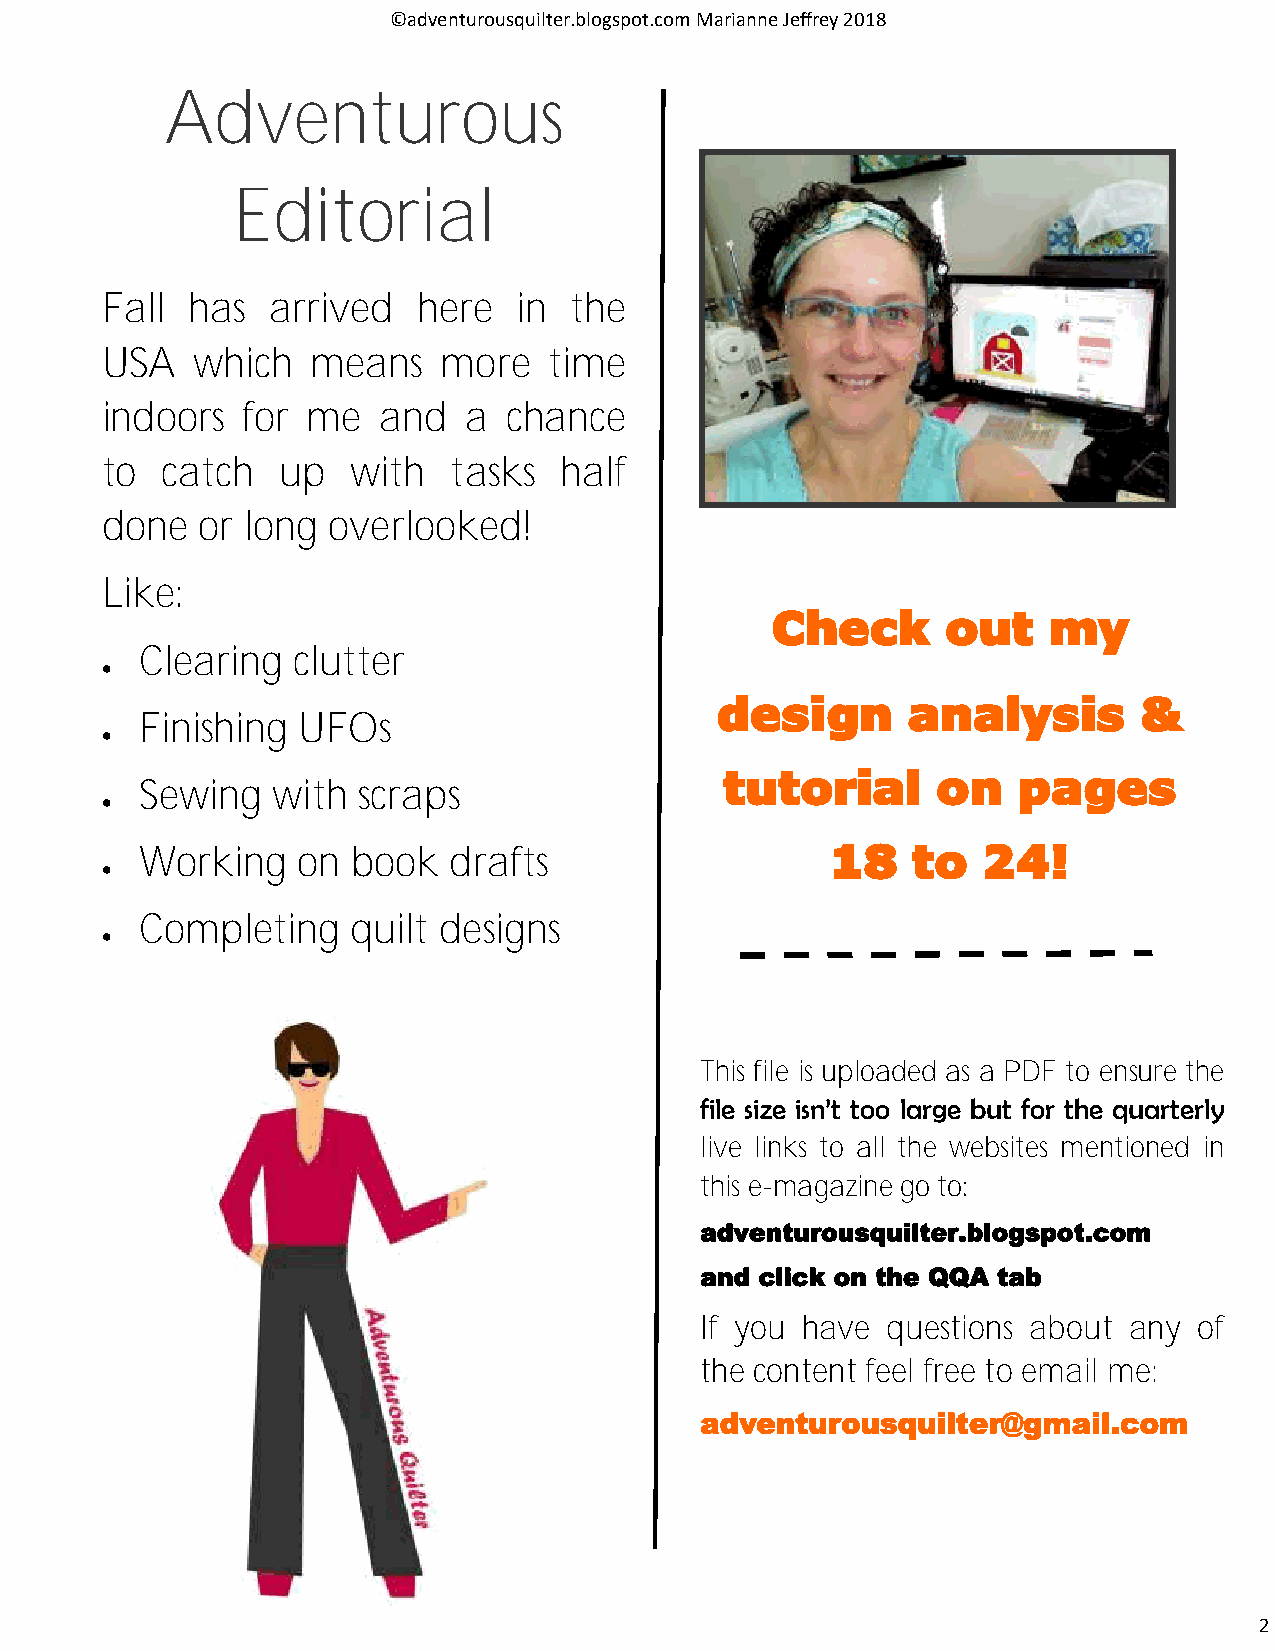
©adventurousquilter.blogspot.com Marianne Jeffrey 2018
 Adventurous
 Editorial
 Fall has   arrived   here  in  the
 USA   which   means   more   time
 indoors  for me   and   a  chance
 to  catch  up   with   tasks  half
 done  or long  overlooked!
 Like:
 Check       out   my
 Clearing  clutter
 •
 design       analysis       &
 Finishing  UFOs
 •
 tutorial      on   pages
 Sewing   with  scraps
 •
 Working    on book   drafts                   18   to   24!
 •
 Completing    quilt designs
 •
 This file is uploaded as a PDF to ensure the
 file size isn’t too large but for the quarterly
 live links to all the websites mentioned in
 this e-magazine go to:
 adventurousquilter.blogspot.com
 and click on the QQA tab
 If you have  questions about any of
 the content feel free to email me:
 adventurousquilter@gmail.com
 2